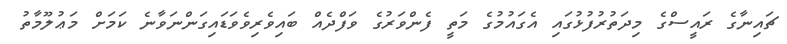
ޗައިނާގެ ރައީސްގެ މިދަތުރުފުޅުގައި އެގައުމުގެ މަތީ ފެންވަރުގެ ވަފްދެއް ބައިވެރިވެވަޑައިގަންނަވާނެ ކަމަށް މަޢުލޫމާތު